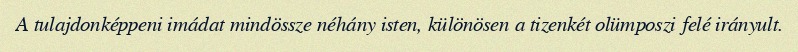
A tulajdonképpeni imádat mindössze néhány isten, különösen a tizenkét olümposzi felé irányult.